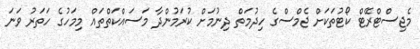
މެޖިސްޓްރޭޓް ކޯޓުތަކަށް ޖެމްސްގެ ހިދުމަތް ދިނުމަށް ކުރަމުންދާ މަސައްކަތްތައް މިމަހުގެ ހަތަރު ވަނަ